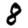
Digit: 8